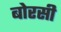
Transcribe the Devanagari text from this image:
बोरसी